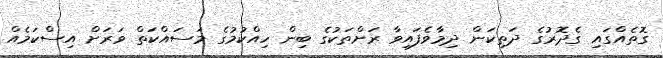
ގޮތެއްގައި ގެދޮރުގެ ދަތިކަން ދިމާވެފައިވާ ރަށްތަކުގެ ބިން ހިއްކުމުގެ މަސައްކަތް ވަރަށް އިސްކަމެއް